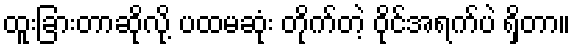
ထူးခြားတာဆိုလို့ ပထမဆုံး တိုက်တဲ့ ဝိုင်အရက်ပဲ ရှိတာ။